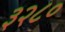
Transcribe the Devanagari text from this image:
३२८०